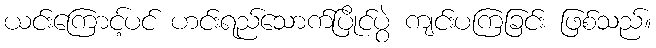
ယင်းကြောင့်ပင် ဟင်းရည်သောက်ပြိုင်ပွဲ ကျင်းပကြခြင်း ဖြစ်သည်။